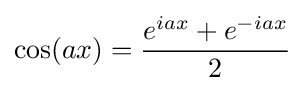
\cos(ax)={\frac {e^{iax}+e^{-iax}}{2}}